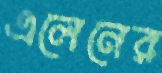
এলেনের